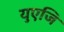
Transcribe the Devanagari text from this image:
युएजि